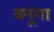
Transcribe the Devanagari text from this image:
बनूंगा